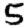
Digit: 5